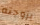
بزوجته